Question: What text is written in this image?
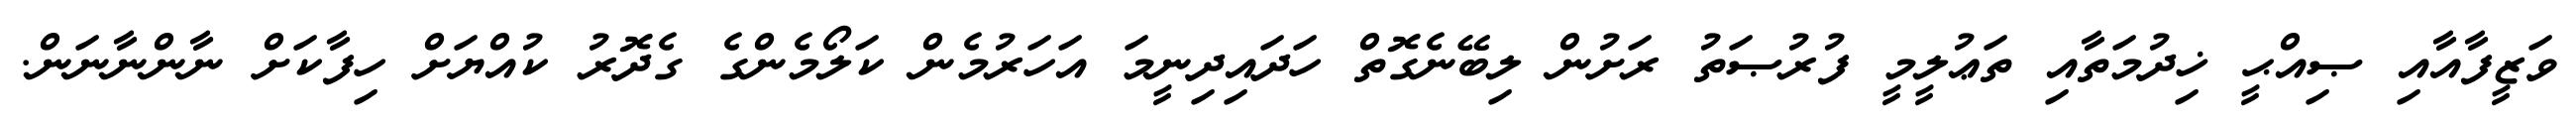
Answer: ވަޒީފާއާއި ޞިއްޙީ ޚިދުމަތާއި ތަޢުލީމީ ފުރުޞަތު ރަށުން ލިބޭނެގޮތް ހަދައިދިނީމަ އަހަރުމެން ކަލޯމެންގެ ގެދޮރު ކުއްޔަށް ހިފާކަށް ނާންނާނަން.